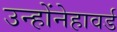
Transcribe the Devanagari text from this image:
उन्होंनेहावर्ड